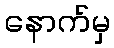
နောက်မှ